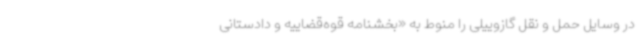
در وسایل حمل و نقل گازوییلی را منوط به «بخشنامه قوه‌قضاییه و دادستانی